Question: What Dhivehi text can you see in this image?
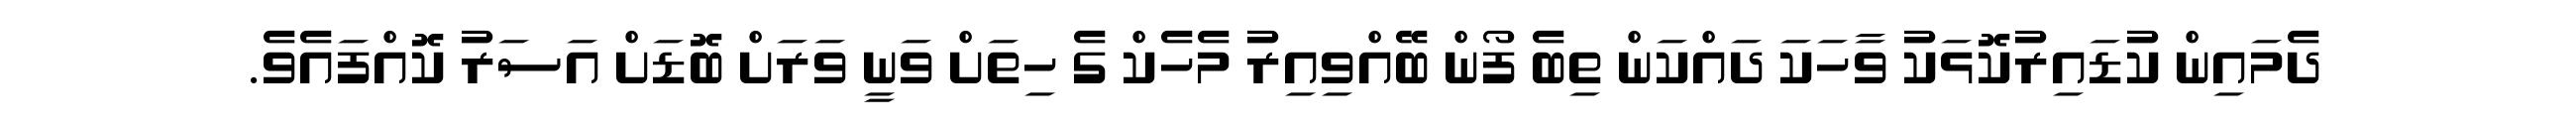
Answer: ދެމައިން ކުޑައިރުކޮޅަކު ވާހަކަ ދައްކަން ތިބެ ފޯން ބޭއްވިއިރު މެހެކް ގެ ހިތަށް ވަނީ ވަރަށް ބޮޑަށް އަސަރު ކޮއްފައެވެ.